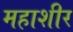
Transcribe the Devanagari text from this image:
महाशीर